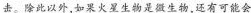
击。除此以外，如果火星生物是微生物，还有可能会